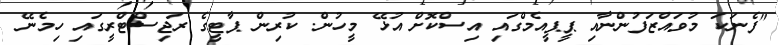
"ފެނަކަ މުވައްޒަފުންނާއި ޕީޕީއެމްގައި އިސްކޮށް އުޅޭ މީހުން. ކުރިން ޕާޓީގެ ރަޖިސްޓްރީގައި ހިމެނޭ